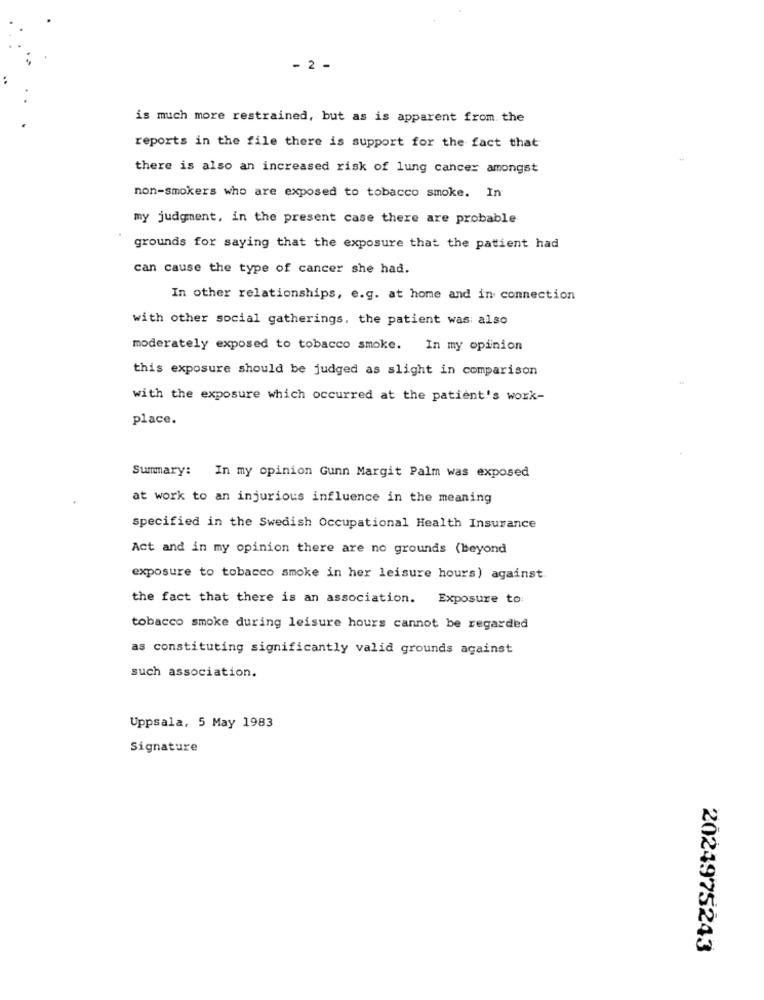
- 2 -
is much more restrained, but as is apparent from the
reports in the file there is support for the fact that
there is also an increased risk of lung cancer amongst
non-smokers who are exposed to tobacco smoke. In
my judgment, in the present case there are probable
grounds for saying that the exposure that the patient had
can cause the type of cancer she had.
In other relationships, e.g. at home and in connection
with other social gatherings, the patient was also
moderately exposed to tobacco smoke. In my opinion
this exposure should be judged as slight in comparison
with the exposure which occurred at the patient's work-
place.
Summary: In my opinion Gunn Margit Palm was exposed
at work to an injurious influence in the meaning
specified in the Swedish Occupational Health Insurance
Act and in my opinion there are no grounds (beyond
exposure to tobacco smoke in her leisure hours) against
the fact that there is an association. Exposure to:
tobacco smoke during leisure hours cannot be regarded
as constituting significantly valid grounds against
such association.
Uppsala, 5 May 1983
Signature
2024975243